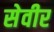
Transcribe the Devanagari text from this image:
सेवीर